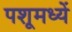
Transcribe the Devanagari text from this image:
पशूमध्यें